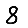
Digit: 8